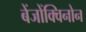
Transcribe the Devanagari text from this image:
बेंजोंक्विनोन